NAE_ERA_R-2324_Eesti_Vabariigi_Pohiseaduslik_Assamblee, lk 86
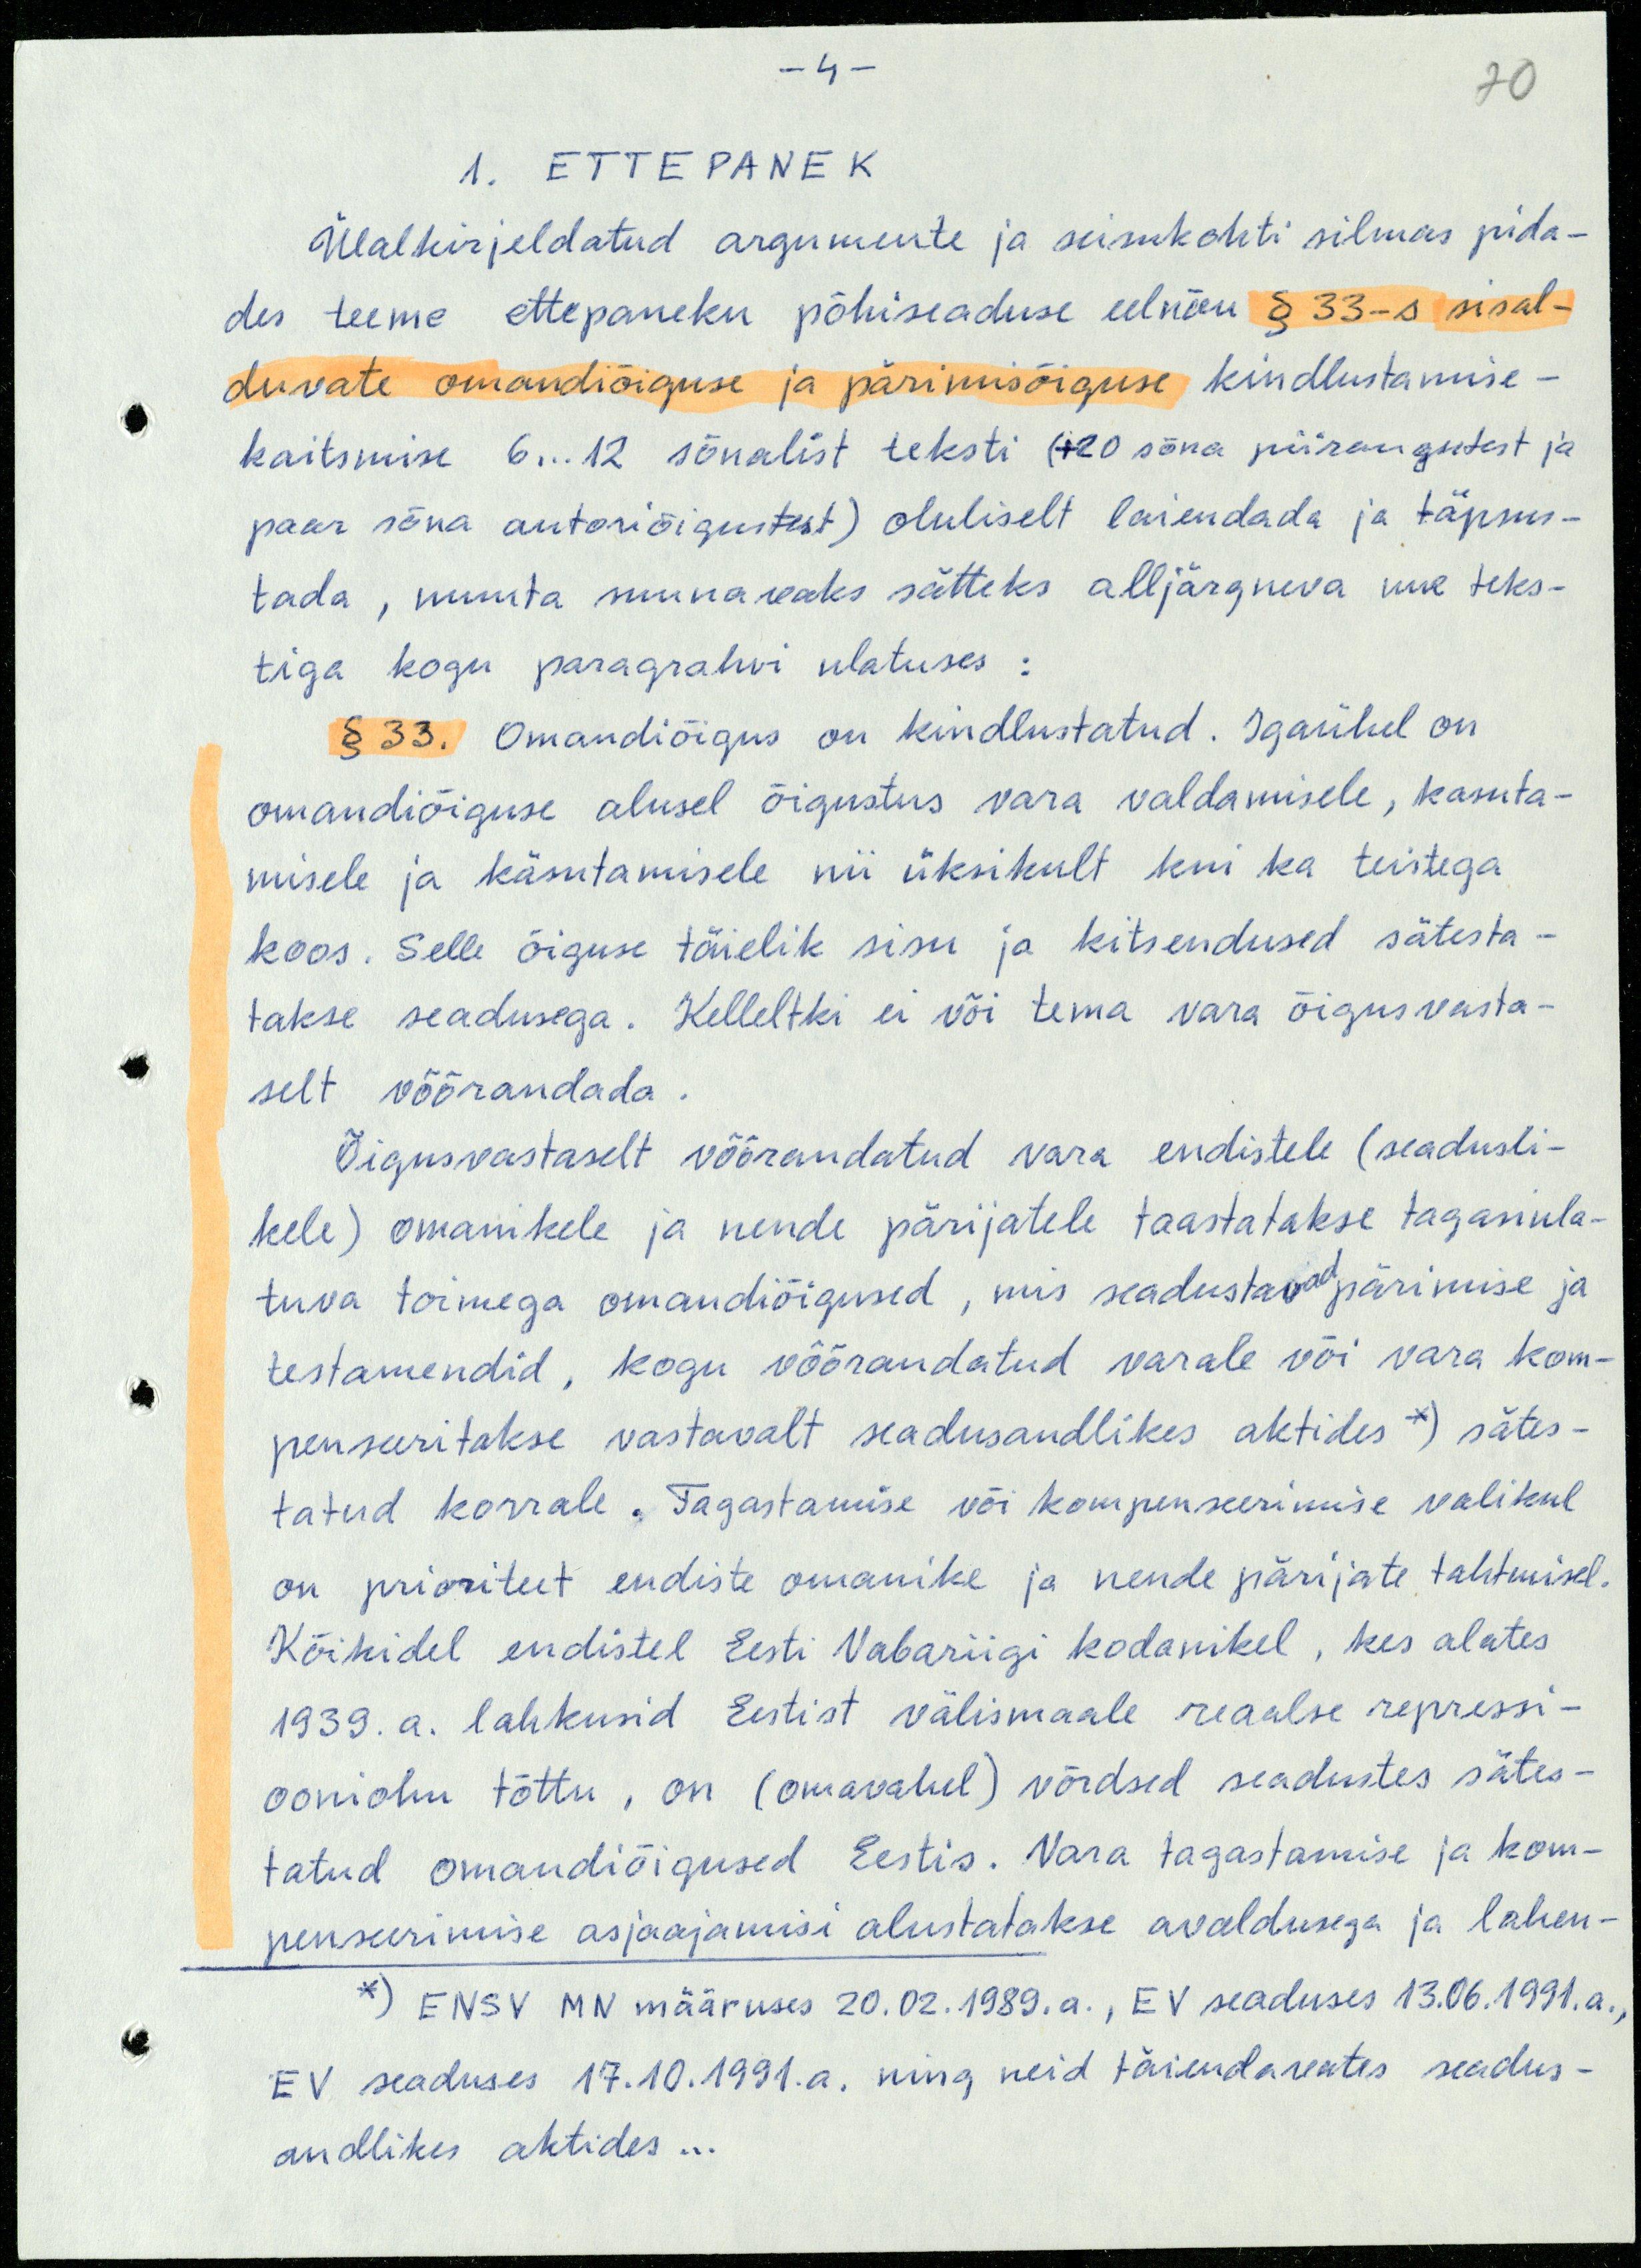
70

- 4 -
1. ETTEPANEK
Ülalkirjeldatud argumente ja seisukohti silmas pida-
des teeme ettepaneku põhiseaduse eelnõu § 33-s sisal-
duvate omandiõiguse ja pärimisõiguse kindlustamise-
kaitsmise 6...12 sõnalist teksti (+20 sõna piirangutest ja
paar sõna autoriõigustest) oluliselt laiendada ja täpsus-
tada, muuta suunavaks sätteks alljärgneva uue teks-
tiga kogu paragrahvi ulatuses:
§ 33. Omandiõigus on kindlustatud. Igaühel on
omandiõiguse alusel õigustus vara valdamisele, kasuta-
misele ja käsutamisele nii üksikult kui ka teistega
koos. Selle õiguse täielik sisu ja kitsendused sätesta-
takse seadusega. Kelleltki ei või tema vara õigusvasta-
selt võõrandada.
Õigusvastaselt võõrandatud vara endistele (seadusli-
kele) omanikele ja nende pärijatele taastatakse tagasiula-
tuva toimega omandiõigused, mis seadustavad pärimise ja
testamendid, kogu võõrandatud varale või vara kom-
penseeritakse vastavalt seadusandlikes aktides*) sätes-
tatud korrale. Tagastamise või kompenseerimise valikul
on prioriteet endiste omanike ja nende pärijate tahtmisel.
Kõikidel endistel Eesti Vabariigi kodanikel, kes alates
1939. a. lahkusid Eestist välismaale reaalse repressi-
ooniohu tõttu, on (omavahel) võrdsed seadustes sätes-
tatud omandiõigused Eestis. Vara tagastamise ja kom-
penseerimise asjaajamisi alustatakse avaldusega ja lahen-
*) ENSV MN määruses 20.02.1989.a., EV seaduses 13.06.1991.a.,
EV seaduses 17.10.1991.a. ning neid täiendavates seadus-
andlikes aktides...